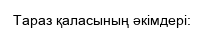
Тараз қаласының әкімдері: